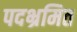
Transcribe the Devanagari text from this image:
पदभ्रमित